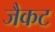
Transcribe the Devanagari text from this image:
जैकट